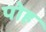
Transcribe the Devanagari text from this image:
पोह